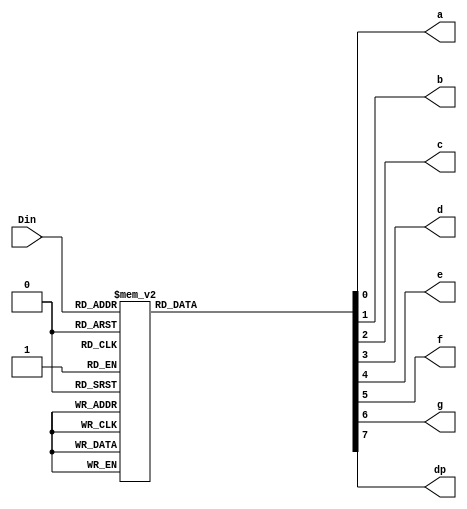
`timescale 1ns / 1ps

module ss_decoder(
    input [3:0] Din,
    output reg a,
    output reg b,
    output reg c,
    output reg d,
    output reg e,
    output reg f,
    output reg g,
    output reg dp
    );
	
	 always @(Din)
	 case(Din)
		4'b0000 : begin//0
			a = 0;
			b = 0;
			c = 0;
			d = 0;
			e = 0;
			f = 0;
			g = 1;
			dp = 1;
			end
		4'b0001 : begin//1
			a = 1;
			b = 0;
			c = 0;
			d = 1;
			e = 1;
			f = 1;
			g = 1;
			dp = 1;
			end
		4'b0010 : begin//2
			a = 0;
			b = 0;
			c = 1;
			d = 0;
			e = 0;
			f = 1;
			g = 0;
			dp = 1;
			end
		4'b0011 : begin//3
			a = 0;
			b = 0;
			c = 0;
			d = 0;
			e = 1;
			f = 1;
			g = 0;
			dp = 1;
			end
		4'b0100 : begin//4
			a = 1;
			b = 0;
			c = 0;
			d = 1;
			e = 1;
			f = 0;
			g = 0;
			dp = 1;
			end
		4'b0101 : begin//5
			a = 0;
			b = 1;
			c = 0;
			d = 0;
			e = 1;
			f = 0;
			g = 0;
			dp = 1;
			end
		4'b0110 : begin//6
			a = 0;
			b = 1;
			c = 0;
			d = 0;
			e = 0;
			f = 0;
			g = 0;
			dp = 1;
			end
		4'b0111 : begin//7
			a = 0;
			b = 0;
			c = 0;
			d = 1;
			e = 1;
			f = 0;
			g = 1;
			dp = 1;
			end
		4'b1000 : begin//8
			a = 0;
			b = 0;
			c = 0;
			d = 0;
			e = 0;
			f = 0;
			g = 0;
			dp = 1;
			end
		4'b1001 : begin//9
			a = 0;
			b = 0;
			c = 0;
			d = 0;
			e = 1;
			f = 0;
			g = 0;
			dp = 1;
			end
		4'b1010 : begin//a
			a = 0;
			b = 0;
			c = 0;
			d = 0;
			e = 0;
			f = 1;
			g = 0;
			dp = 1;
			end
		4'b1011 : begin//b
			a = 1;
			b = 1;
			c = 0;
			d = 0;
			e = 0;
			f = 0;
			g = 0;
			dp = 1;
			end
		4'b1100 : begin//c
			a = 0;
			b = 1;
			c = 1;
			d = 0;
			e = 0;
			f = 0;
			g = 1;
			dp = 1;
			end
		4'b1101 : begin//d
			a = 1;
			b = 0;
			c = 0;
			d = 0;
			e = 0;
			f = 1;
			g = 0;
			dp = 1;
			end
		4'b1110 : begin//e
			a = 0;
			b = 1;
			c = 1;
			d = 0;
			e = 0;
			f = 0;
			g = 0;
			dp = 1;
			end
		4'b1111 : begin//f
			a = 0;
			b = 1;
			c = 1;
			d = 1;
			e = 0;
			f = 0;
			g = 0;
			dp = 1;
			end
		
		endcase
			

endmodule
//`timescale 1ns / 1ps

//module ss_decoder(
//    input [3:0] Din,
//    output reg a,
//    output reg b,
//    output reg c,
//    output reg d,
//    output reg e,
//    output reg f,
//    output reg g,
//    output reg dp
//    );
	
//	 always @(Din)
//	 case(Din)
//		4'b0000 : begin//0
//			a = 0;
//			b = 0;
//			c = 0;
//			d = 0;
//			e = 0;
//			f = 0;
//			g = 1;
//			dp = 1;
//			end
//		4'b0001 : begin//1
//			a = 1;
//			b = 0;
//			c = 0;
//			d = 1;
//			e = 1;
//			f = 1;
//			g = 1;
//			dp = 1;
//			end
//		4'b0010 : begin//2
//			a = 0;
//			b = 0;
//			c = 1;
//			d = 0;
//			e = 0;
//			f = 1;
//			g = 0;
//			dp = 1;
//			end
//		4'b0011 : begin//3
//			a = 0;
//			b = 0;
//			c = 0;
//			d = 0;
//			e = 1;
//			f = 1;
//			g = 0;
//			dp = 1;
//			end
//		4'b0100 : begin//4
//			a = 1;
//			b = 0;
//			c = 0;
//			d = 1;
//			e = 1;
//			f = 0;
//			g = 0;
//			dp = 1;
//			end
//		4'b0101 : begin//5
//			a = 0;
//			b = 1;
//			c = 0;
//			d = 0;
//			e = 1;
//			f = 0;
//			g = 0;
//			dp = 1;
//			end
//		4'b0110 : begin//6
//			a = 0;
//			b = 1;
//			c = 0;
//			d = 0;
//			e = 0;
//			f = 0;
//			g = 0;
//			dp = 1;
//			end
//		4'b0111 : begin//7
//			a = 0;
//			b = 0;
//			c = 0;
//			d = 1;
//			e = 1;
//			f = 0;
//			g = 1;
//			dp = 1;
//			end
//		4'b1000 : begin//8
//			a = 0;
//			b = 0;
//			c = 0;
//			d = 0;
//			e = 0;
//			f = 0;
//			g = 0;
//			dp = 1;
//			end
//		4'b1001 : begin//9
//			a = 0;
//			b = 0;
//			c = 0;
//			d = 0;
//			e = 1;
//			f = 0;
//			g = 0;
//			dp = 1;
//			end
//		4'b1010 : begin//a
//			a = 0;
//			b = 0;
//			c = 0;
//			d = 0;
//			e = 0;
//			f = 1;
//			g = 0;
//			dp = 1;
//			end
//		4'b1011 : begin//b
//			a = 1;
//			b = 1;
//			c = 0;
//			d = 0;
//			e = 0;
//			f = 0;
//			g = 0;
//			dp = 1;
//			end
//		4'b1100 : begin//c
//			a = 0;
//			b = 1;
//			c = 1;
//			d = 0;
//			e = 0;
//			f = 0;
//			g = 1;
//			dp = 1;
//			end
//		4'b1101 : begin//d
//			a = 1;
//			b = 0;
//			c = 0;
//			d = 0;
//			e = 0;
//			f = 1;
//			g = 0;
//			dp = 1;
//			end
//		4'b1110 : begin//e
//			a = 0;
//			b = 1;
//			c = 1;
//			d = 0;
//			e = 0;
//			f = 0;
//			g = 0;
//			dp = 1;
//			end
//		4'b1111 : begin//f
//			a = 0;
//			b = 1;
//			c = 1;
//			d = 1;
//			e = 0;
//			f = 0;
//			g = 0;
//			dp = 1;
//			end
		
//		endcase
			

//endmodule